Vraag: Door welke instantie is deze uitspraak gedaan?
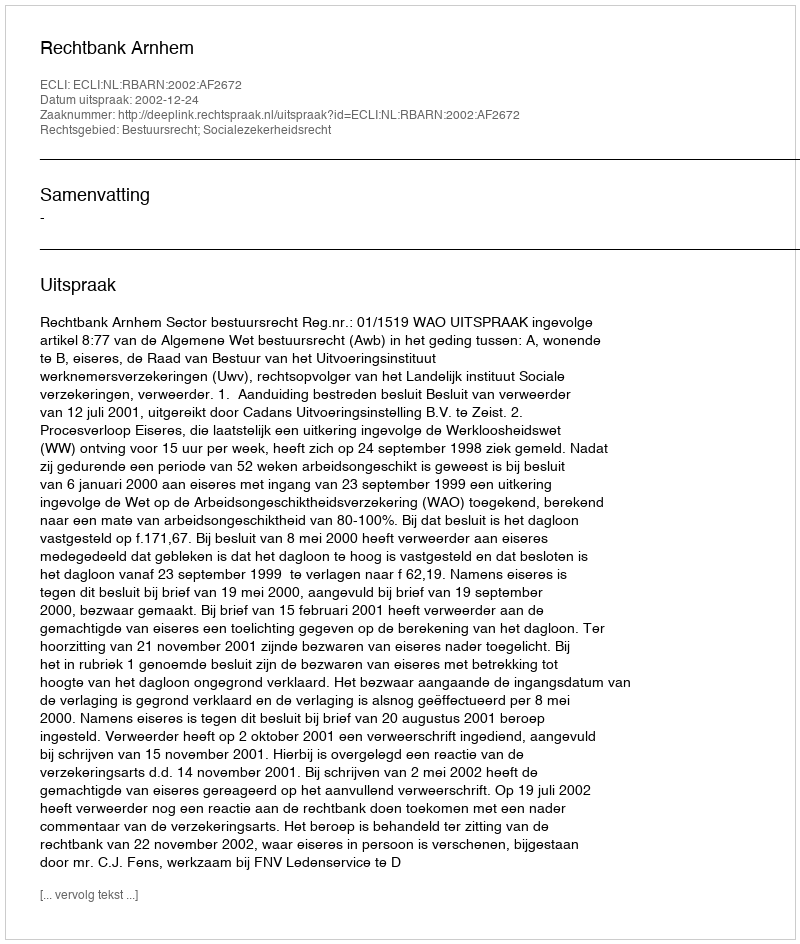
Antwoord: Rechtbank Arnhem